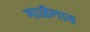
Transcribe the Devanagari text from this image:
माळॆगाव